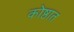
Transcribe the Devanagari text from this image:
कोष्ठात